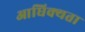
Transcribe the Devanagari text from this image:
आधिक्यता